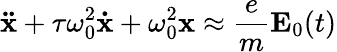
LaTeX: \mathbf{\ddot{x}}+\tau\omega_{0}^{2}\mathbf{\dot{x}}+\omega_{0}^{2}\mathbf{x}\approx{\frac{e}{m}}\mathbf{E}_{0}(t)